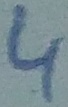
Text: 4